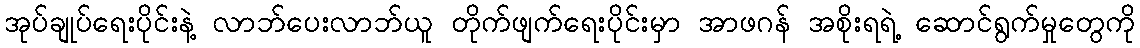
အုပ်ချုပ်ရေးပိုင်းနဲ့ လာဘ်ပေးလာဘ်ယူ တိုက်ဖျက်ရေးပိုင်းမှာ အာဖဂန် အစိုးရရဲ့ ဆောင်ရွက်မှုတွေကို